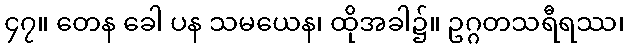
၄၇။ တေန ခေါ ပန သမယေန၊ ထိုအခါ၌။ ဥဂ္ဂတသရီရဿ၊